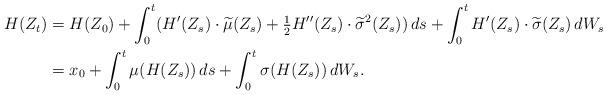
LaTeX: \begin{align*}H(Z_t)&=H(Z_0)+\int_0^t(H'(Z_s)\cdot \widetilde\mu(Z_s)+\tfrac{1}{2}H''(Z_s)\cdot\widetilde\sigma^2(Z_s))\,ds+\int_0^t H'(Z_s)\cdot\widetilde\sigma(Z_s)\,dW_s\\&= x_0+\int_0^t \mu(H(Z_s))\,ds +\int_0^t \sigma(H(Z_s))\,dW_s.\end{align*}